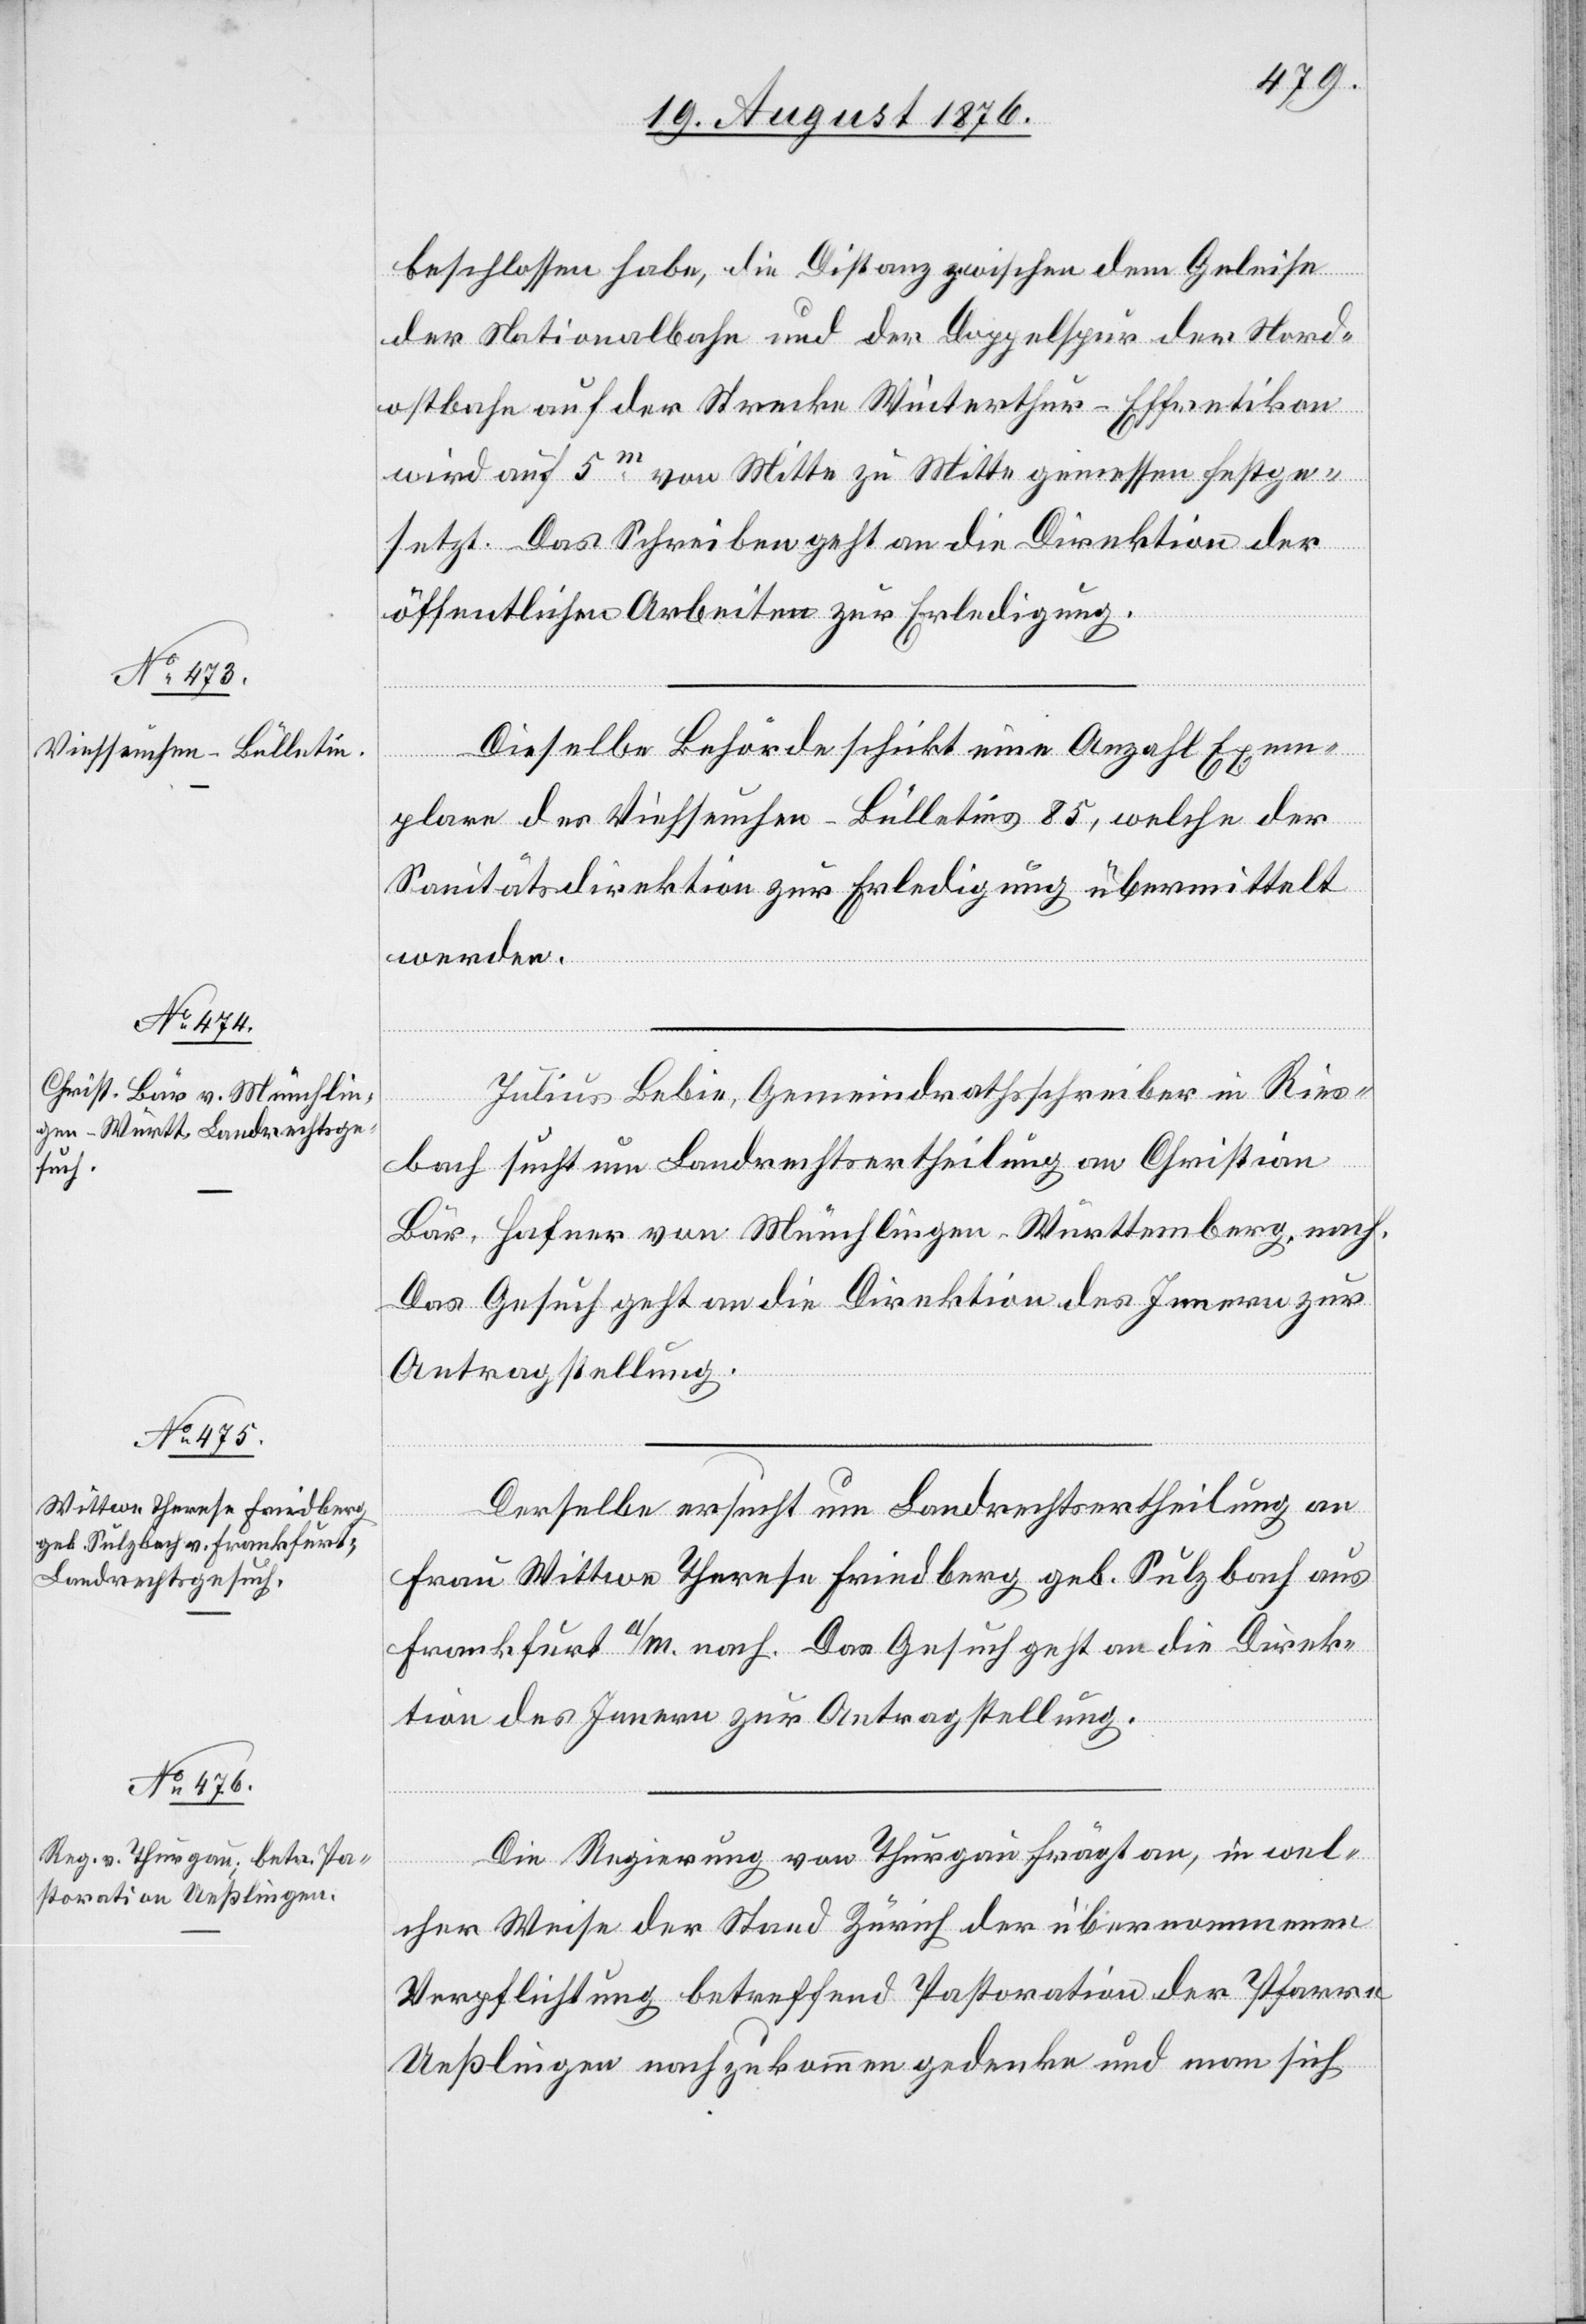
21. August 1876.]
beschlossen habe, die Distanz zwischen dem Geleise
der Nationalbahn und der Doppelspur der Nord¬
ostbahn auf der Strecke Winterthur–Effretikon
wird auf 5m von Mitte zu Mitte gemessen festge¬
setzt. Das Schreiben geht an die Direktion der
öffentlichen Arbeiten zur Erledigung.
Dieselbe Behörde schickt eine Anzahl Exem¬
plare des Viehseuchen-Bulletins 85, welche der
Sanitätsdirektion zur Erledigung übermittelt.
Julius Bebin, Gemeindrathsschreiber in Ries¬
bach sucht um Landrechtsertheilung an Christian
Bär, Hafner von Münchlingen - Württemberg, nach.
Das Gesuch geht an die Direktion des Innern zur
Antragstellung.
Derselbe ersucht um Landrechtsertheilung an
Frau Wittwe Therese Friedberg geb. Sulzbach aus
Frankfurt a/M. nach. Das Gesuch geht an die Direk¬
tion des Innern zur Antragstellung.
Die Regierung von Thurgau frägt an, in wel¬
cher Weise der Stand Zürich der übernommenen
Verpflichtung betreffend Pastoration der Pfarrer
Ueßlingen nachzukommen gedenke und man sich